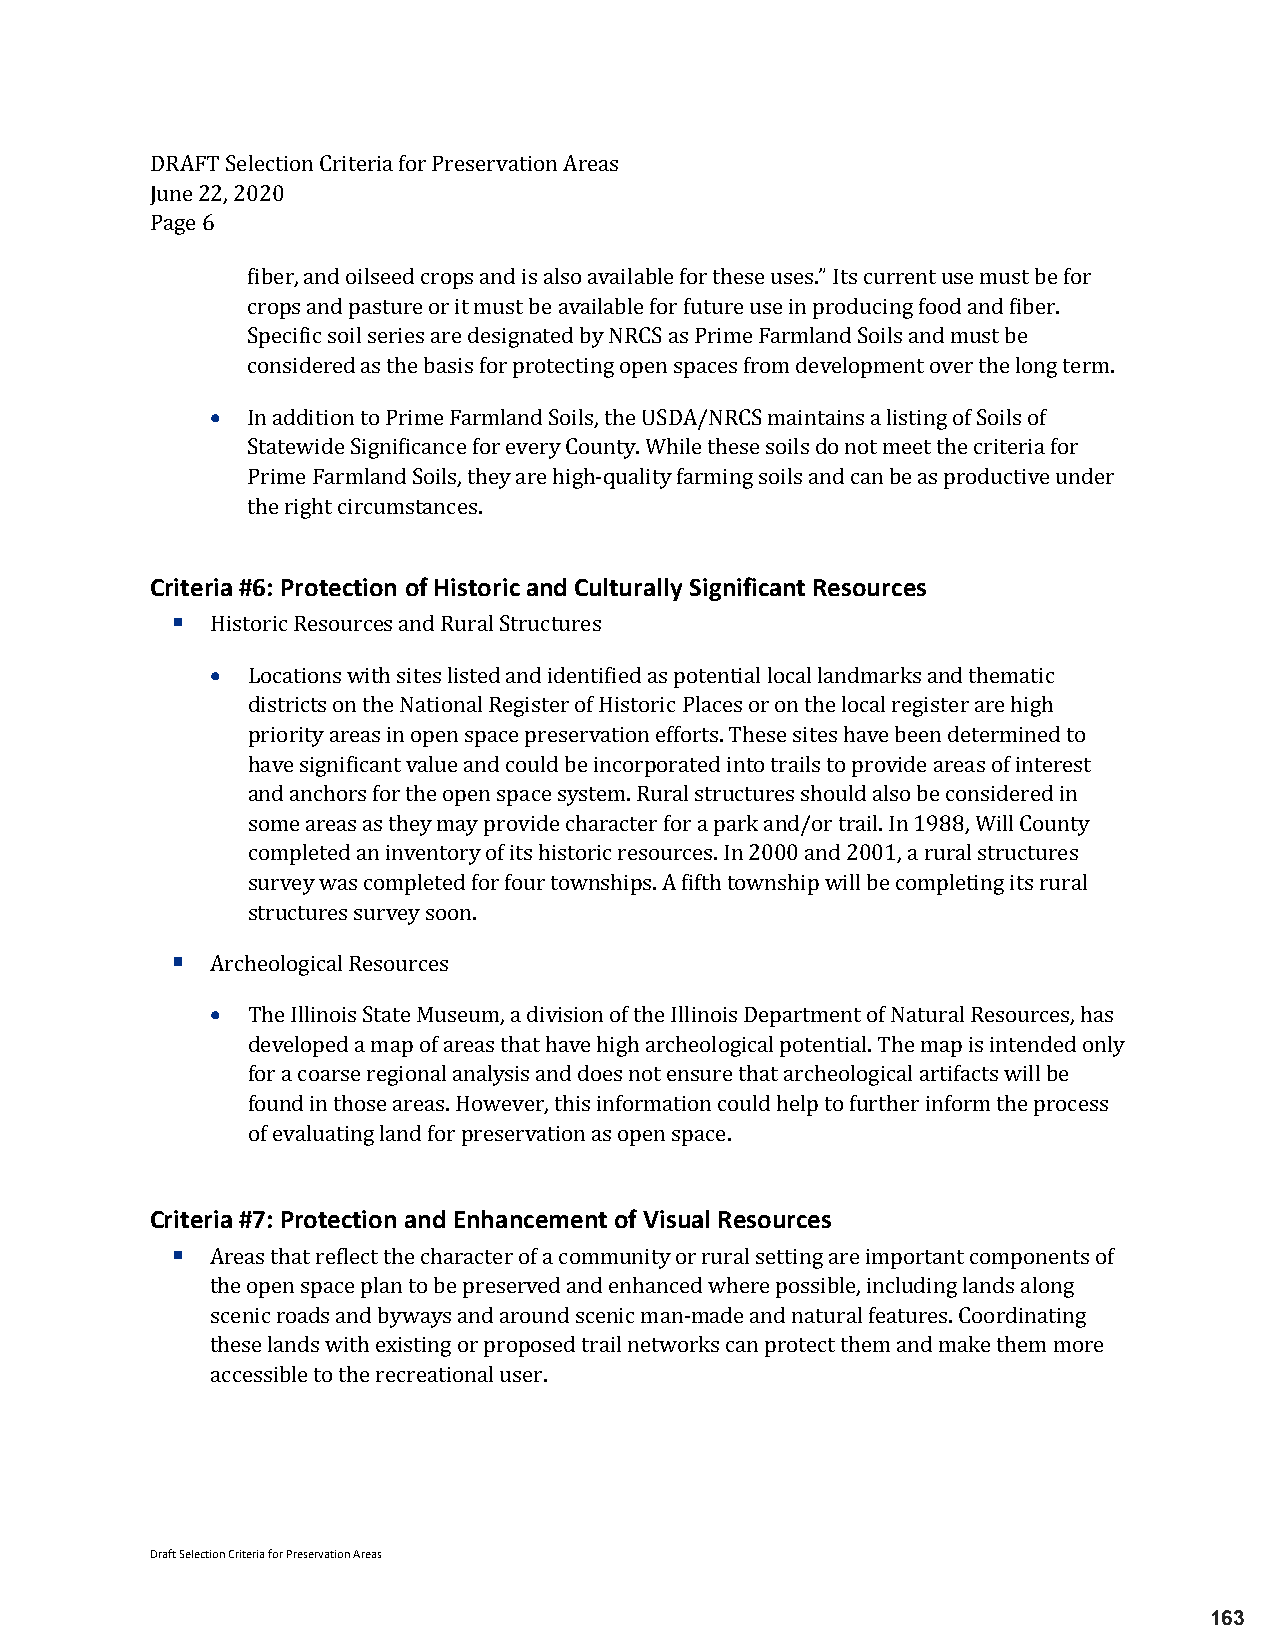
DRAFT Selection Criteria for Preservation Areas
 June 22, 2020
 Page 6
 fiber, and oilseed crops and is also available for these uses.” Its current use must be for
 crops and pasture or it must be available for future use in producing food and fiber.
 Specific soil series are designated by NRCS as Prime Farmland Soils and must be
 • considered as the basis for protecting open spaces from development over the long term.
 In addition to Prime Farmland Soils, the USDA/NRCS maintains a listing of Soils of
 Statewide Significance for every County. While these soils do not meet the criteria for
 Prime Farmland Soils, they are high-quality farming soils and can be as productive under
 the right circumstances.
 Criteria #6: Protection of Historic and Culturally Significant Resources
 
 H•istoric Resources and Rural Structures
 Locations with sites listed and identified as potential local landmarks and thematic
 districts on the National Register of Historic Places or on the local register are high
 priority areas in open space preservation efforts. These sites have been determined to
 have significant value and could be incorporated into trails to provide areas of interest
 and anchors for the open space system. Rural structures should also be considered in
 some areas as they may provide character for a park and/or trail. In 1988, Will County
 completed an inventory of its historic resources. In 2000 and 2001, a rural structures
 survey was completed for four townships. A fifth township will be completing its rural
     structures survey soon.
 A•rcheological Resources
 The Illinois State Museum, a division of the Illinois Department of Natural Resources, has
 developed a map of areas that have high archeological potential. The map is intended only
 for a coarse regional analysis and does not ensure that archeological artifacts will be
 found in those areas. However, this information could help to further inform the process
 of evaluating land for preservation as open space.
 Criteria #7: Protection and Enhancement of Visual Resources
 
 Areas that reflect the character of a community or rural setting are important components of
 the open space plan to be preserved and enhanced where possible, including lands along
 scenic roads and byways and around scenic man-made and natural features. Coordinating
 these lands with existing or proposed trail networks can protect them and make them more
 accessible to the recreational user.
 Draft Selection Criteria for Preservation Areas
 163